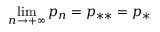
\operatorname* { l i m } _ { n \to + \infty } p _ { n } = p _ { * * } = p _ { * }